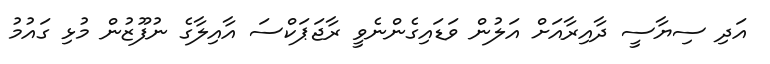
އަދި ސިޔާސީ ދާއިރާއަށް އަލުން ވަޑައިގެންނެވީ ރާޖަޕަކްސަ އާއިލާގެ ނުފޫޒުން މުޅި ގައުމު